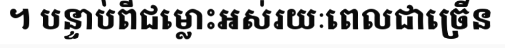
។ បន្ទាប់ពីជម្លោះអស់រយៈពេលជាច្រើន